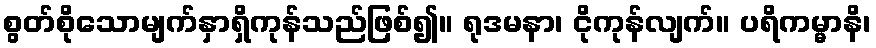
စွတ်စိုသောမျက်နှာရှိကုန်သည်ဖြစ်၍။ ရုဒမနာ၊ ငိုကုန်လျက်။ ပရိကမ္မာနိ၊